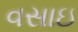
વસાઇ